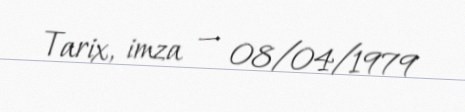
Tarix, imza — 08/04/1979